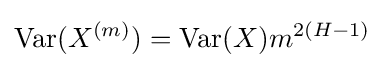
\mathrm {Var} (X^{(m)})=\mathrm {Var} (X)m^{2(H-1)}